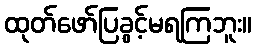
ထုတ်ဖော်ပြခွင့်မရကြဘူး။